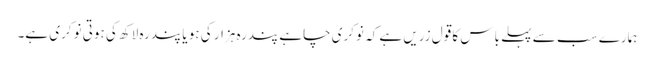
ہمارے سب سے پہلے باس کا قولِ زریں ہے کہ نوکری چاہے پندرہ ہزار کی ہو یا پندرہ لاکھ کی ہوتی نوکری ہے۔